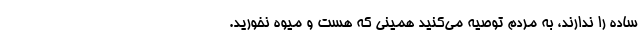
ساده را ندارند، به مردم توصیه می‌کنید همینی که هست و میوه نخورید.